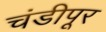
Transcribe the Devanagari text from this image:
चंडीपूर